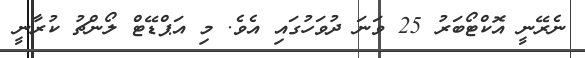
ނެރޭނީ އޮކްޓޯބަރު 25 ވަނަ ދުވަހުގައި އެވެ. މި އަޕްޑޭޓް ލޯންޗު ކުރާނީ